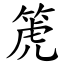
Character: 箎